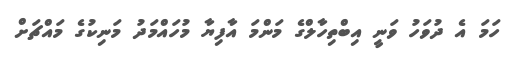
ހަމަ އެ ދުވަހު ވަނީ އިބްތިހާލްގެ މަންމަ އާފިޔާ މުހައްމަދު މަނިކުގެ މައްޗަށް